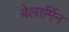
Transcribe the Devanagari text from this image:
बेलार्मिन